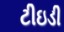
ટીઇડી